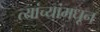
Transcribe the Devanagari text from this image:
त्यांच्यांमधून